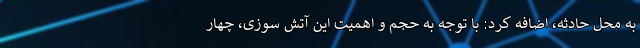
به محل حادثه، اضافه کرد: با توجه به حجم و اهمیت این آتش سوزی، چهار